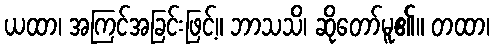
ယထာ၊ အကြင်အခြင်းဖြင့်။ ဘာသသိ၊ ဆိုတော်မူ၏။ တထာ၊